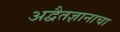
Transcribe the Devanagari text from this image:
अद्वैतज्ञानाचा